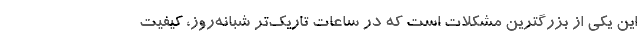
این یکی از بزرگترین مشکلات است که در ساعات تاریک‌تر شبانه‌روز، کیفیت